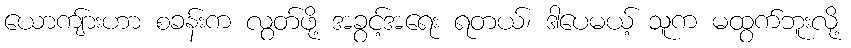
ယောကျ်ားဟာ စခန်းက လွတ်ဖို့ အခွင့်အရေး ရတယ်၊ ဒါပေမယ့် သူက မထွက်ဘူးလို့